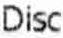
DISC